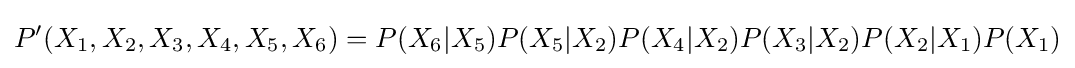
P^{\prime }(X_{1},X_{2},X_{3},X_{4},X_{5},X_{6})=P(X_{6}|X_{5})P(X_{5}|X_{2})P(X_{4}|X_{2})P(X_{3}|X_{2})P(X_{2}|X_{1})P(X_{1})